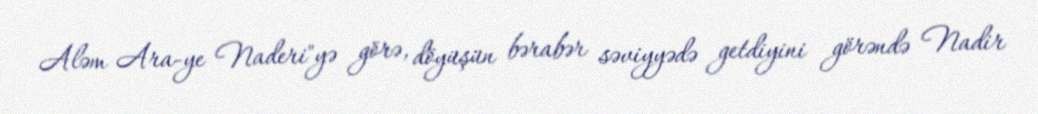
Aləm Ara-ye Naderi"yə görə, döyüşün bərabər səviyyədə getdiyini görəndə Nadir